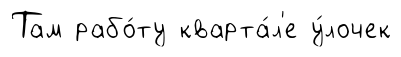
Там рабо́ту кварта́л'е у́лочек